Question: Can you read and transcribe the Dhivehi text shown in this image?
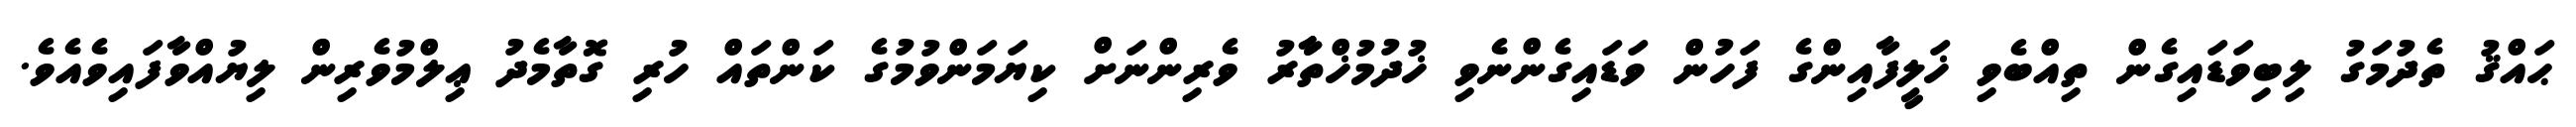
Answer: ޙައްޤު ތެދުމަގު ލިބިވަޑައިގެން ތިއްބެވި ޚަލީފާއިންގެ ފަހުން ވަޑައިގެންނެވި ޚުދުމުޚްތާާރު ވެރިންނަށް ކިޔަމަންވުމުގެ ކަންތައް ހުރި ގޮތާމެދު ޢިލްމުވެރިން ލިޔުއްވާފައިވެއެވެ.